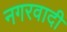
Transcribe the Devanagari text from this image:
नगरवादी